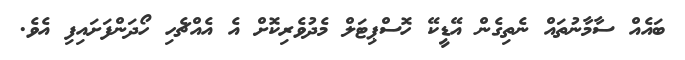
ބައެއް ސާމާނުތައް ނެތިގެން އޭޑީކޭ ހޮސްޕިޓަލް މެދުވެރިކޮށް އެ އެއްޗެހި ހޯދަންފަށައިފި އެވެ.